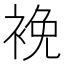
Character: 𧚇